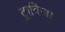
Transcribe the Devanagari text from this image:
ट्राविसा